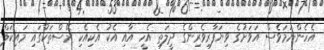
އެހެންނަމަވެސް އަވަށުގެ ވިޔަފާރިވެރިންގެ ދީލަތި އެހީ އާއި އެކު އެކިއެކި ރޭސްތަކުގައި މައިކަލް